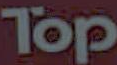
Top